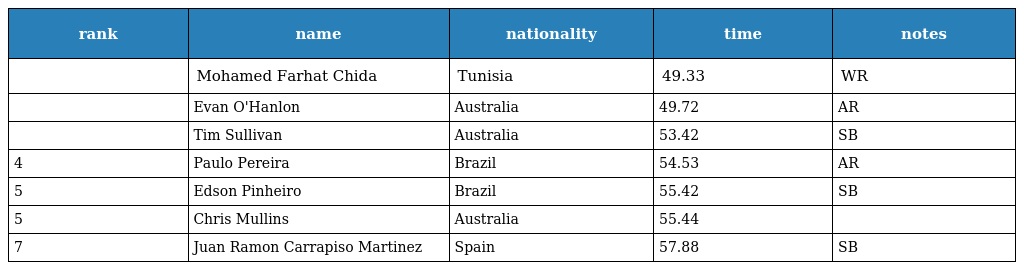
| rank | name | nationality | time | notes |
 | --- | --- | --- | --- | --- |
 |  | Mohamed Farhat Chida | Tunisia | 49.33 | WR |
 |  | Evan O'Hanlon | Australia | 49.72 | AR |
 |  | Tim Sullivan | Australia | 53.42 | SB |
 | 4 | Paulo Pereira | Brazil | 54.53 | AR |
 | 5 | Edson Pinheiro | Brazil | 55.42 | SB |
 | 5 | Chris Mullins | Australia | 55.44 |  |
 | 7 | Juan Ramon Carrapiso Martinez | Spain | 57.88 | SB |